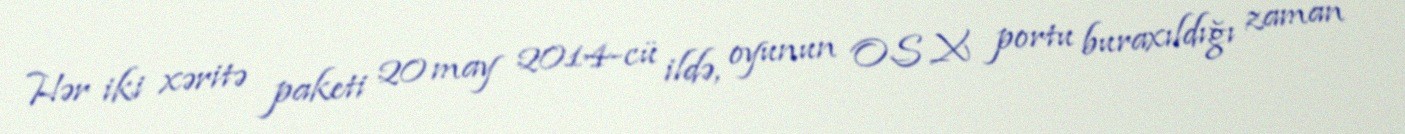
Hər iki xəritə paketi 20 may 2014-cü ildə, oyunun OS X portu buraxıldığı zaman